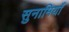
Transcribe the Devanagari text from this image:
सुनामियाँ